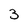
Character: 3